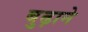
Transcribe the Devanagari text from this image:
बुढ़ाने